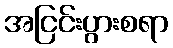
အငြင်းပွားစရာ